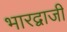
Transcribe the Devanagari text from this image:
भारद्वाजी